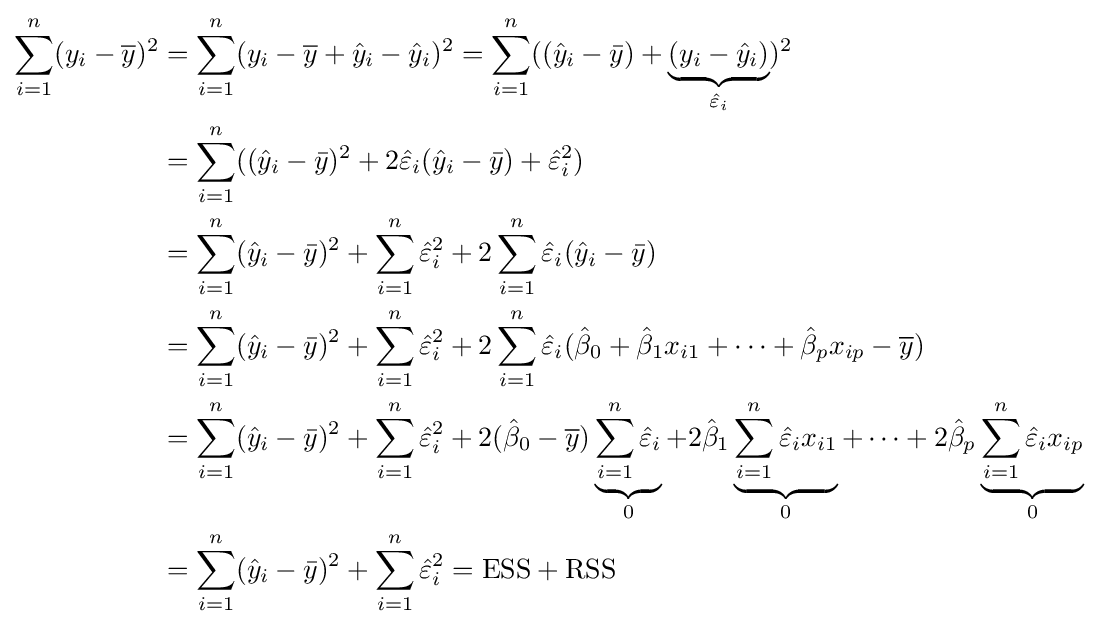
{\begin{aligned}\sum _{i=1}^{n}(y_{i}-{\overline {y}})^{2}&=\sum _{i=1}^{n}(y_{i}-{\overline {y}}+{\hat {y}}_{i}-{\hat {y}}_{i})^{2}=\sum _{i=1}^{n}(({\hat {y}}_{i}-{\bar {y}})+\underbrace {(y_{i}-{\hat {y}}_{i})} _{{\hat {\varepsilon }}_{i}})^{2}\\&=\sum _{i=1}^{n}(({\hat {y}}_{i}-{\bar {y}})^{2}+2{\hat {\varepsilon }}_{i}({\hat {y}}_{i}-{\bar {y}})+{\hat {\varepsilon }}_{i}^{2})\\&=\sum _{i=1}^{n}({\hat {y}}_{i}-{\bar {y}})^{2}+\sum _{i=1}^{n}{\hat {\varepsilon }}_{i}^{2}+2\sum _{i=1}^{n}{\hat {\varepsilon }}_{i}({\hat {y}}_{i}-{\bar {y}})\\&=\sum _{i=1}^{n}({\hat {y}}_{i}-{\bar {y}})^{2}+\sum _{i=1}^{n}{\hat {\varepsilon }}_{i}^{2}+2\sum _{i=1}^{n}{\hat {\varepsilon }}_{i}({\hat {\beta }}_{0}+{\hat {\beta }}_{1}x_{i1}+\cdots +{\hat {\beta }}_{p}x_{ip}-{\overline {y}})\\&=\sum _{i=1}^{n}({\hat {y}}_{i}-{\bar {y}})^{2}+\sum _{i=1}^{n}{\hat {\varepsilon }}_{i}^{2}+2({\hat {\beta }}_{0}-{\overline {y}})\underbrace {\sum _{i=1}^{n}{\hat {\varepsilon }}_{i}} _{0}+2{\hat {\beta }}_{1}\underbrace {\sum _{i=1}^{n}{\hat {\varepsilon }}_{i}x_{i1}} _{0}+\cdots +2{\hat {\beta }}_{p}\underbrace {\sum _{i=1}^{n}{\hat {\varepsilon }}_{i}x_{ip}} _{0}\\&=\sum _{i=1}^{n}({\hat {y}}_{i}-{\bar {y}})^{2}+\sum _{i=1}^{n}{\hat {\varepsilon }}_{i}^{2}=\mathrm {ESS} +\mathrm {RSS} \\\end{aligned}}